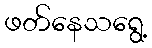
ဖတ်နေသရွေ့